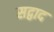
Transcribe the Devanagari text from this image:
सद्वाद